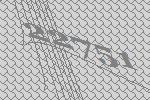
22751